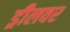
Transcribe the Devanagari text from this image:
ड्रीलवर